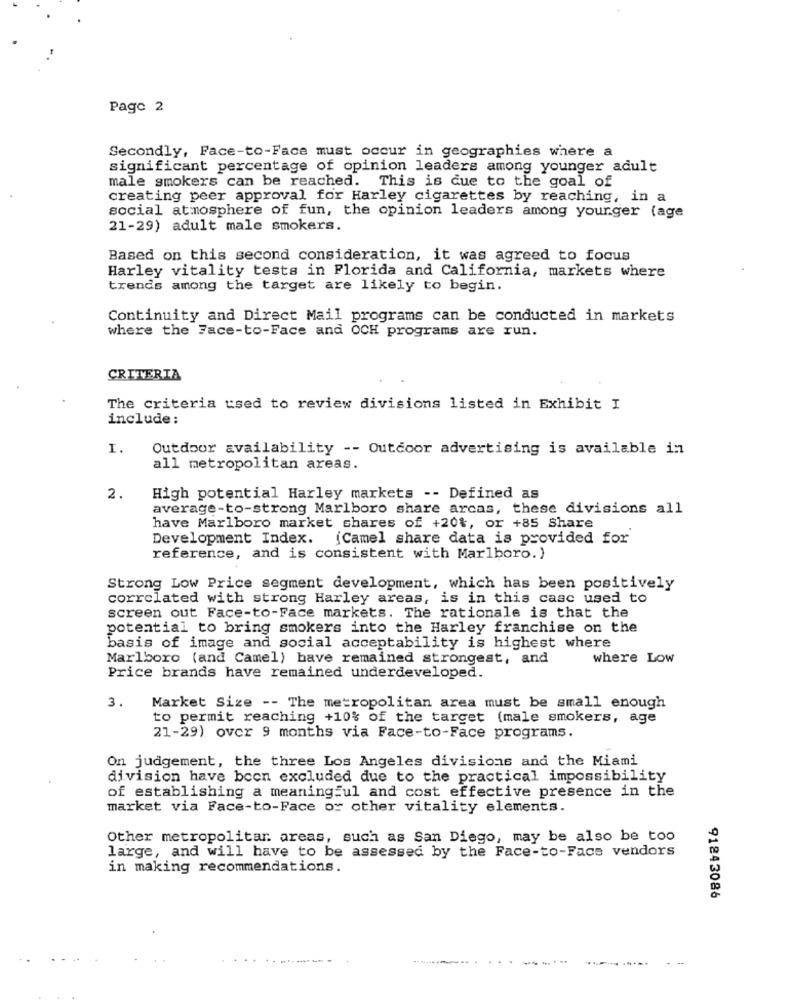
Page 2
Secondly, Face-to-Face must occur in geographies where a
significant percentage of opinion leaders among younger adult
male smokers can be reached. This is due to the goal of
creating peer approval for Harley cigarettes by reaching, in a
social atmosphere of fun, the opinion leaders among younger (age
21-29) adult male smokers.
Based on this second consideration, it was agreed to focus
Harley vitality tests in Florida and California, markets where
trends among the target are likely to begin.
Continuity and Direct Mail programs can be conducted in markets
where the Face-to-Face and OCH programs are run.
CRITERIA
The criteria used to review divisions listed in Exhibit I
include:
I.
Outdoor availability -- Outdoor advertising is available in
all metropolitan areas.
2.
High potential Harley markets -- Defined as
average-to-strong Marlboro share arcas, these divisions all
have Marlboro market shares of +20%, or +85 Share
Development Index. (Camel share data is provided for
reference, and is consistent with Marlboro. )
Strong Low Price segment development, which has been positively
correlated with strong Harley areas, is in this casc used to
screen out Face-to-Face markets. The rationale is that the
potential to bring smokers into the Harley franchise on the
basis of image and social acceptability is highest where
Marlboro (and Camel) have remained strongest, and
where Low
Price brands have remained underdeveloped.
3.
Market Size -- The metropolitan area must be small enough
to permit reaching +10% of the target (male smokers, age
21-29) over 9 months via Face-to-Face programs.
On judgement, the three Los Angeles divisions and the Miami
division have been excluded due to the practical impossibility
of establishing a meaningful and cost effective presence in the
market via Face-to-Face or other vitality elements.
Other metropolitan areas, such as San Diego, may be also be too
large, and will have to be assessed by the Face-to-Face vendors
in making recommendations.
91843086